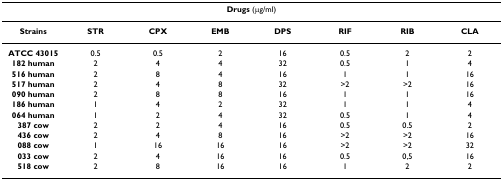
<table><thead><tr><td colspan="8"><b>Drugs (μg/ml)</b></td></tr></thead><tbody><tr><td><b>Strains</b></td><td><b>STR</b></td><td><b>CPX</b></td><td><b>EMB</b></td><td><b>DPS</b></td><td><b>RIF</b></td><td><b>RIB</b></td><td><b>CLA</b></td></tr><tr><td><b>ATCC 43015</b></td><td>0.5</td><td>0.5</td><td>2</td><td>16</td><td>0.5</td><td>2</td><td>2</td></tr><tr><td><b>182 human</b></td><td>2</td><td>4</td><td>4</td><td>32</td><td>0.5</td><td>1</td><td>4</td></tr><tr><td><b>516 human</b></td><td>2</td><td>8</td><td>4</td><td>16</td><td>1</td><td>1</td><td>16</td></tr><tr><td><b>517 human</b></td><td>2</td><td>4</td><td>8</td><td>32</td><td>&gt;2</td><td>&gt;2</td><td>16</td></tr><tr><td><b>090 human</b></td><td>2</td><td>8</td><td>8</td><td>16</td><td>1</td><td>1</td><td>16</td></tr><tr><td><b>186 human</b></td><td>1</td><td>4</td><td>2</td><td>32</td><td>1</td><td>1</td><td>4</td></tr><tr><td><b>064 human</b></td><td>1</td><td>2</td><td>4</td><td>32</td><td>0.5</td><td>1</td><td>4</td></tr><tr><td><b>387 cow</b></td><td>2</td><td>2</td><td>4</td><td>16</td><td>0.5</td><td>0.5</td><td>2</td></tr><tr><td><b>436 cow</b></td><td>2</td><td>4</td><td>8</td><td>16</td><td>&gt;2</td><td>&gt;2</td><td>16</td></tr><tr><td><b>088 cow</b></td><td>1</td><td>16</td><td>16</td><td>16</td><td>&gt;2</td><td>&gt;2</td><td>32</td></tr><tr><td><b>033 cow</b></td><td>2</td><td>4</td><td>16</td><td>16</td><td>0.5</td><td>0,5</td><td>16</td></tr><tr><td><b>518 cow</b></td><td>2</td><td>8</td><td>16</td><td>16</td><td>1</td><td>2</td><td>2</td></tr></tbody></table>